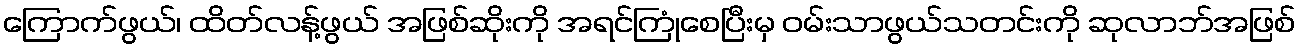
ကြောက်ဖွယ်၊ ထိတ်လန့်ဖွယ် အဖြစ်ဆိုးကို အရင်ကြုံစေပြီးမှ ဝမ်းသာဖွယ်သတင်းကို ဆုလာဘ်အဖြစ်